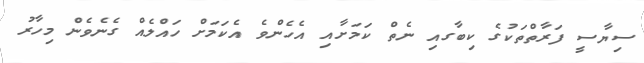
ސިޔާސީ ފަރާތްތަކުގެ ކިބާގއި ނެތް ކަމަށާއި އެހެންވެ އެކަމަށް ހައްލެއް ގެނެވެން މިހާރު